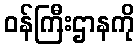
ဝန်ကြီးဌာနကို